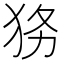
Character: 𱭷